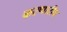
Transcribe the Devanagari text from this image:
करणारीच